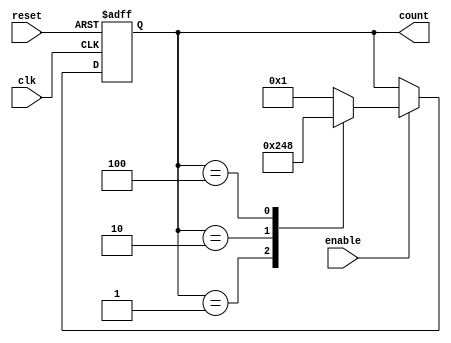
module johnson_counter_enable (
    input clk,
    input reset,
    input enable,
    output reg [3:0] count
);

always @(posedge clk or posedge reset) begin
    if (reset) begin
        count <= 4'b0001;
    end else begin
        if (enable) begin
            case(count)
                4'b0001: count <= 4'b0010;
                4'b0010: count <= 4'b0100;
                4'b0100: count <= 4'b1000;
                4'b1000: count <= 4'b0001;
                default: count <= 4'b0001;
            endcase
        end
    end
end

endmodule